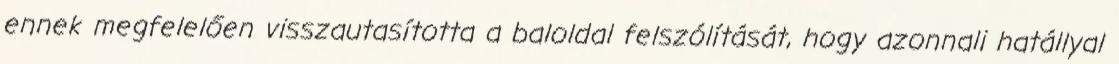
ennek megfelelően visszautasította a baloldal felszólítását, hogy azonnali hatállyal